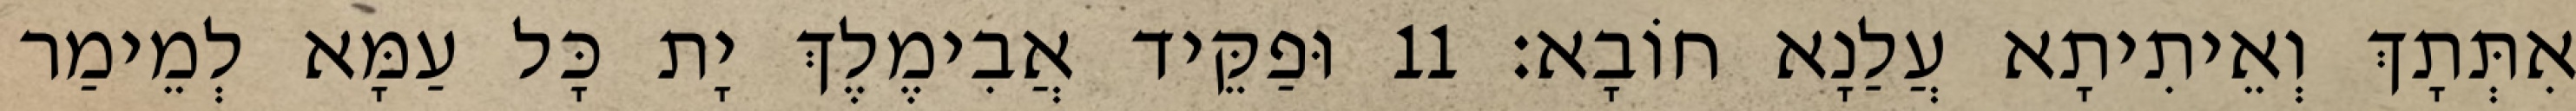
אִתְּתָךְ וְאֵיתִיתָא עֲלַנָא חוֹבָא׃ 11 וּפַקֵּיד אֲבִימֶלֶךְ יָת כָּל עַמָּא לְמֵימַר